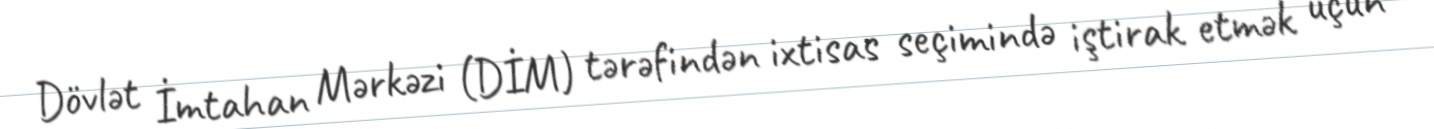
Dövlət İmtahan Mərkəzi (DİM) tərəfindən ixtisas seçimində iştirak etmək üçün